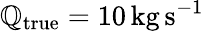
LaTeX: \mathbb{Q}_{\mathrm{{true}}}=10\, \mathrm{{kg}}\, \mathrm{{s}}^{-1}